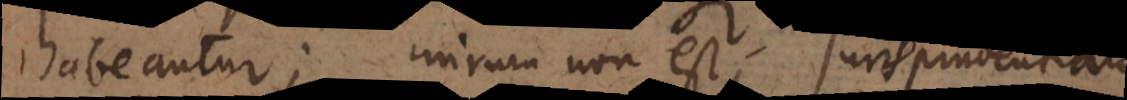
habeantur; mirum non est, jurisprudentiam